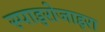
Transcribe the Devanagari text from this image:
स्पाइरोजाइरा